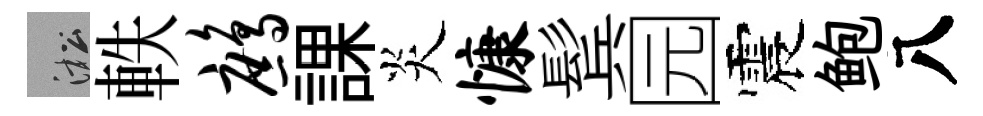
淞軼鹧課炎慷鬂园震鲍八